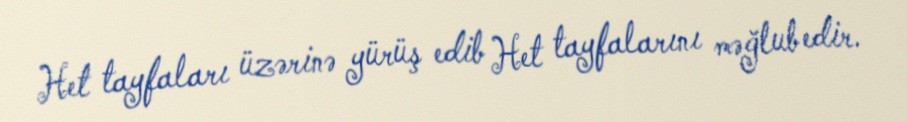
Het tayfaları üzərinə yürüş edib Het tayfalarını məğlub edir.